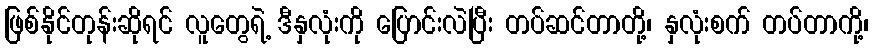
ဖြစ်နိုင်တုန်းဆိုရင် လူတွေရဲ့ ဒီနှလုံးကို ပြောင်းလဲပြီး တပ်ဆင်တာတို့၊ နှလုံးစက် တပ်တာကို့၊